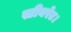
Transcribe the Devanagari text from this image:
स्टीयरेट।